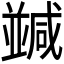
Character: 𠁝